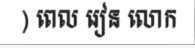
) ពេល រៀន លោក